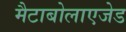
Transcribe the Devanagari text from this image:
मैटाबोलाएजेड